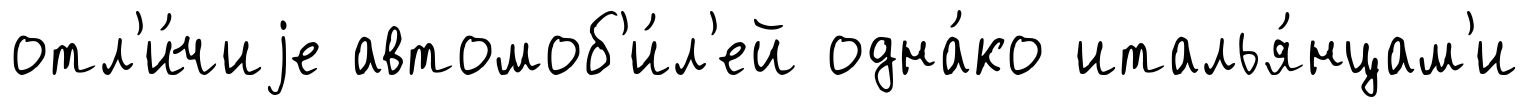
отл'и́чиjе автомоб'и́л'ей одна́ко италья́нцам'и